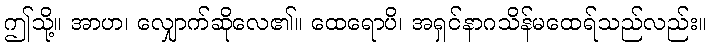
ဤသို့။ အာဟ၊ လျှောက်ဆိုလေ၏။ ထေရောပိ၊ အရှင်နာဂသိန်မထေရ်သည်လည်း။